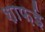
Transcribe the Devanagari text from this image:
शाफ़ई